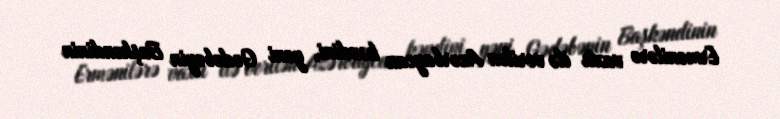
Ermənilərə vaxtı ilə verilən Azərbaycan kəndini, yəni Gədəbəyin Başkəndinin